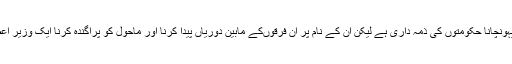
سماج کے ہر طبقہ اور فرقہ کو سہولیات پہونچانا حکومتوں کی ذمہ داری ہے لیکن ان کے نام پر ان فرقوںکے مابین دوریاں پیدا کرنا اور ماحول کو پراگندہ کرنا ایک وزیر اعظم کے شایان شان ہرگز نہیں کہا جاسکتا ۔